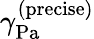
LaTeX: \gamma_{\mathrm{{Pa}}}^{\mathrm{{(precise)}}}